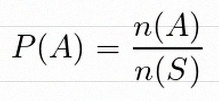
P(A)=\frac{n(A)}{n(S)}